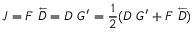
J = F ~ \overleftarrow { \bar { D } } = D ~ G ^ { \prime } = \frac { 1 } { 2 } ( D ~ G ^ { \prime } + F ~ \overleftarrow { \bar { D } } )